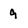
Character: 9